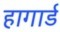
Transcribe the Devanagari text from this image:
हागार्ड